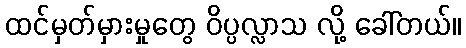
ထင်မှတ်မှားမှုတွေ ဝိပ္ပလ္လာသ လို့ ခေါ်တယ်။